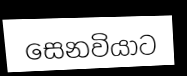
සෙනවියාට